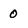
Character: 0